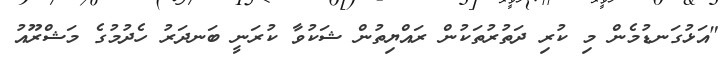
"އަޅުގަނޑުމެން މި ކުރި ދަތުރުތަކުން ރައްޔިތުން ޝަކުވާ ކުރަނީ ބަނދަރު ހެދުމުގެ މަޝްރޫއު